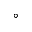
^ \circ